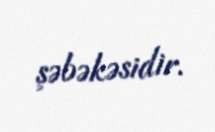
şəbəkəsidir.